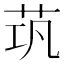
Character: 茿